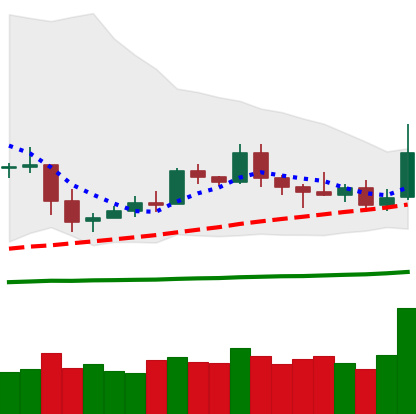
Ticker: ETC-USD
Chart end date: 2019-05-11
Forward return: 25.834%
Label: up_7plus